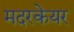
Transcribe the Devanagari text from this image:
मदरकेयर